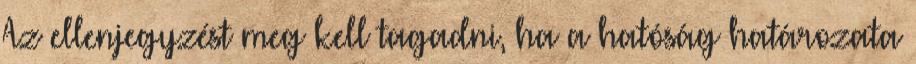
Az ellenjegyzést meg kell tagadni, ha a hatóság határozata